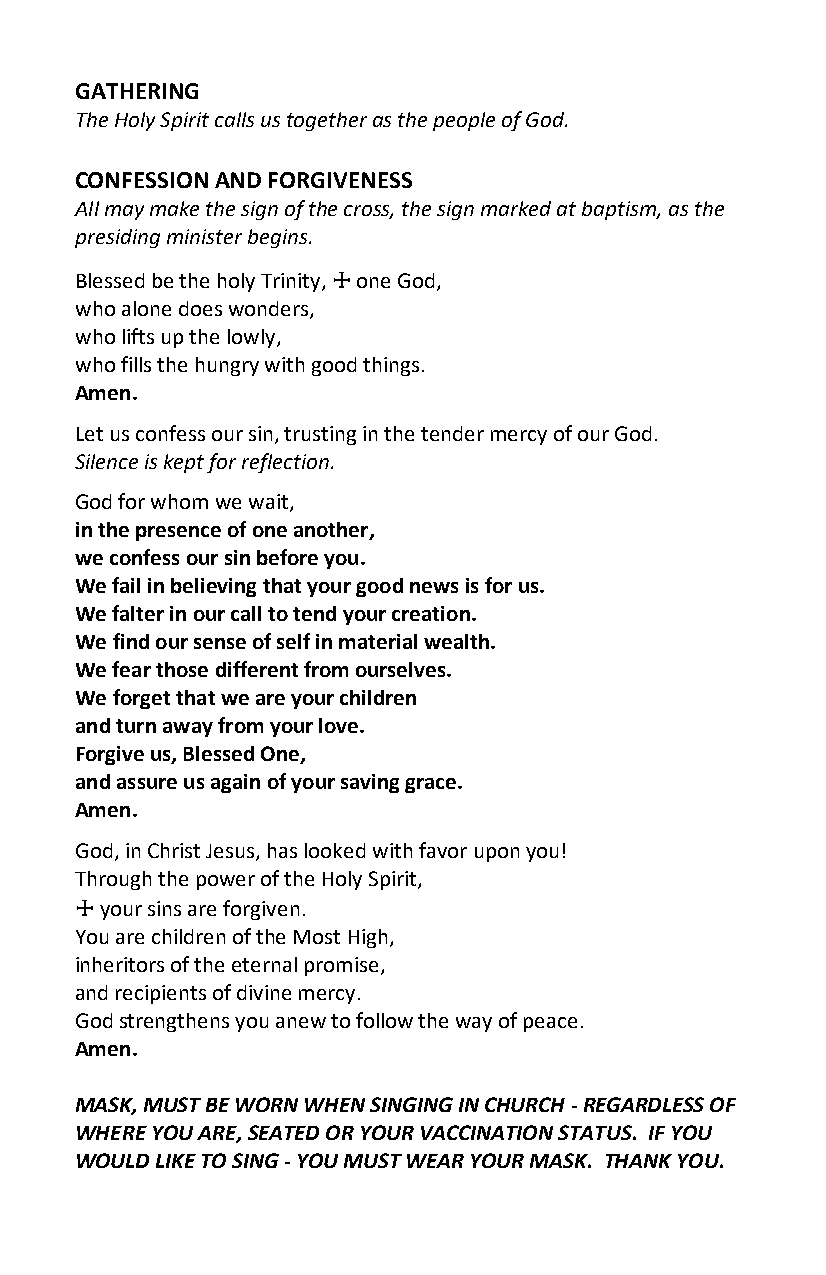
GATHERING
 The Holy Spirit calls us together as the people of God.
 CONFESSION AND FORGIVENESS
 All may make the sign of the cross, the sign marked at baptism, as the
 presiding minister begins.
 Blessed be the holy Trinity, one God,
 ☩
 who alone does wonders,
 who lifts up the lowly,
 who fills the hungry with good things.
 Amen.
 Let us confess our sin, trusting in the tender mercy of our God.
 Silence is kept for reflection.
 God for whom we wait,
 in the presence of one another,
 we confess our sin before you.
 We fail in believing that your good news is for us.
 We falter in our call to tend your creation.
 We find our sense of self in material wealth.
 We fear those different from ourselves.
 We forget that we are your children
 and turn away from your love.
 Forgive us, Blessed One,
 and assure us again of your saving grace.
 Amen.
 God, in Christ Jesus, has looked with favor upon you!
 Through the power of the Holy Spirit,
 your sins are forgiven.
 ☩
 You are children of the Most High,
 inheritors of the eternal promise,
 and recipients of divine mercy.
 God strengthens you anew to follow the way of peace.
 Amen.
 MASK, MUST BE WORN WHEN SINGING IN CHURCH - REGARDLESS OF
 WHERE YOU ARE, SEATED OR YOUR VACCINATION STATUS. IF YOU
 WOULD LIKE TO SING - YOU MUST WEAR YOUR MASK. THANK YOU.